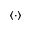
\left< \cdot \right>